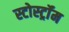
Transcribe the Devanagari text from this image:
स्टोर्स्ट्रॉम